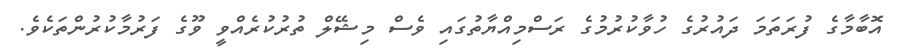
އޮބާމާގެ ފުރަތަމަ ދައުރުގެ ހުވާކުރުމުގެ ރަސްމިއްޔާތުގައި ވެސް މިޝޭލް ތުރުކުރެއްވީ ވޫގެ ފަރުމާކުރުންތަކެވެ.